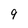
Character: 9